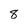
Character: 8